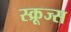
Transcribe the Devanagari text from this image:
स्क्रूज्स